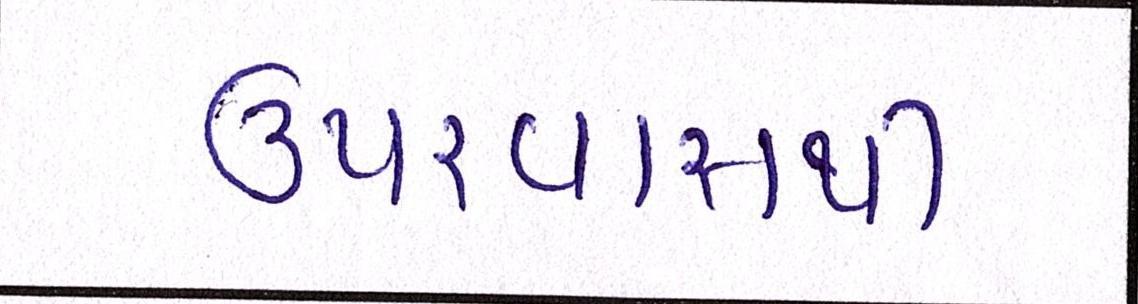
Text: ઉપરવાસથી